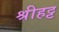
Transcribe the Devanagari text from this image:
श्रीहट्ट